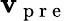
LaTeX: \mathbf{v}_{\mathrm{{~p~r~e~}}}